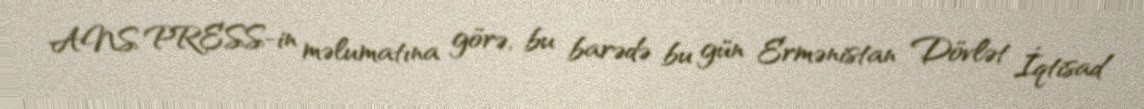
ANS PRESS-in məlumatına görə, bu barədə bu gün Ermənistan Dövlət İqtisad